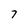
Character: 7